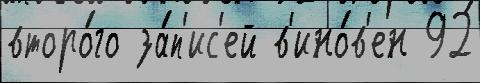
второ́го за́п'ис'ей в'ино́в'ен 92